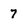
Character: 7